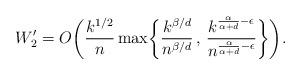
LaTeX: \begin{align*}W_2' = O\biggl(\frac{k^{1/2}}{n}\max\biggl\{\frac{k^{\beta/d}}{n^{\beta/d}} \, , \, \frac{k^{\frac{\alpha}{\alpha+d} - \epsilon}}{n^{\frac{\alpha}{\alpha+d} - \epsilon}}\biggr\}\biggr).\end{align*}